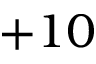
+ 1 0